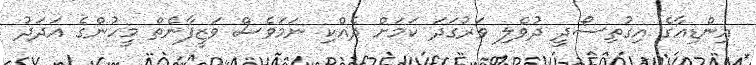
އިންޑިއާގެ އިގުތިސޯދީ ދުވެލި ވަރުގަދަ ކަމަށް ދެއްކި ނަމަވެސް ވަޒީފާނެތް މީހުންގެ އަދަދު